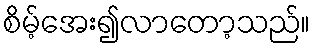
စိမ့်အေး၍လာတော့သည်။